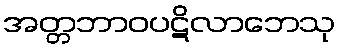
အတ္တဘာဝပဋိလာဘေသု